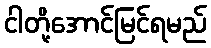
ငါတို့အောင်မြင်ရမည်